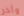
وآخر